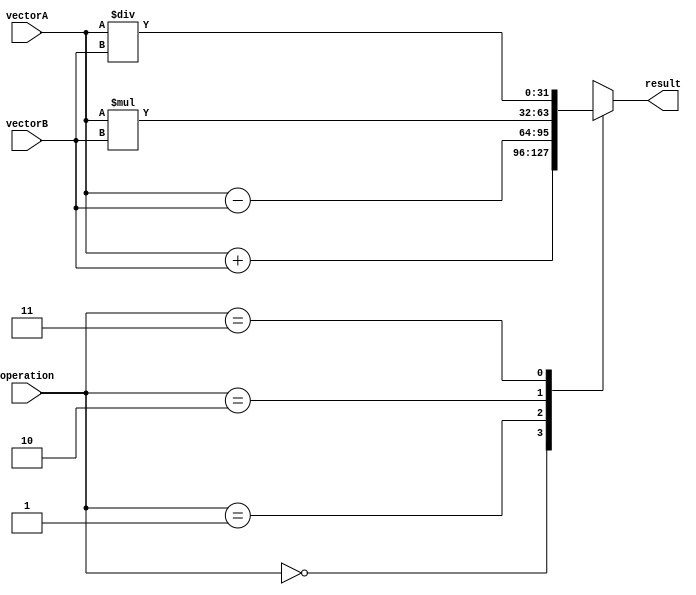
module VectorALU (
    input [31:0] vectorA,
    input [31:0] vectorB,
    input [2:0] operation,
    output reg [31:0] result
);

always @ (*) begin
    case(operation)
        3'b000: result = vectorA + vectorB; // Addition
        3'b001: result = vectorA - vectorB; // Subtraction
        3'b010: result = vectorA * vectorB; // Multiplication
        3'b011: result = vectorA / vectorB; // Division
        default: result = 32'hxxxxxxxx; // Invalid operation
    endcase
end

endmodule